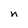
Character: n